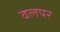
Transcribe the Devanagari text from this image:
वलपर